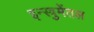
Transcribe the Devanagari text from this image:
इन्स्त्रुमेंतल